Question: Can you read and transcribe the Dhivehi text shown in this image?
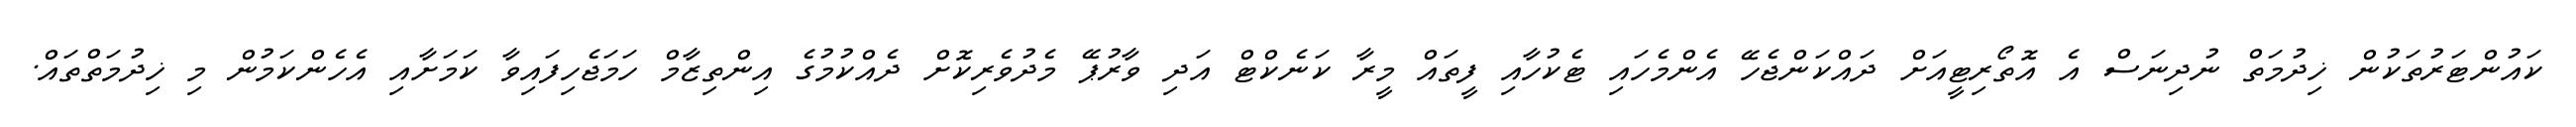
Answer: ކައުންޓަރުތަކުން ޚިދުމަތް ނުދިނަސް އެ އޮތޯރިޓީއަށް ދައްކަންޖެހޭ އެންމެހައި ޓެކުހާއި ފީތައް މީރާ ކަނެކްޓް އަދި ވާރުޕޭ މެދުވެރިކޮށް ދެއްކުމުގެ އިންތިޒާމް ހަމަޖެހިފައިވާ ކަމަށާއި އެހެންކަމުން މި ޚިދުމަތްތައް.